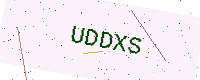
Text: UDDXS